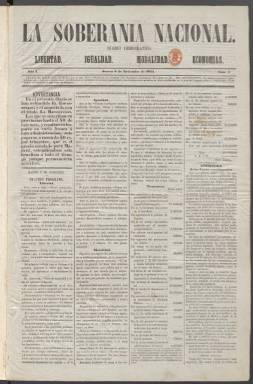
Título: La Soberanía nacional (Madrid. 1854)
Colección: Periódicos
Ámbito geográfico: Madrid
Lugar de publicación: Madrid
Fechas: 09/11/1854-23/12/1855